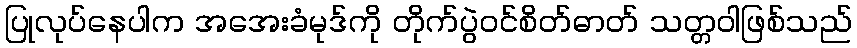
ပြုလုပ်နေပါက အအေးခံမုဒ်ကို တိုက်ပွဲဝင်စိတ်ဓာတ် သတ္တဝါဖြစ်သည်